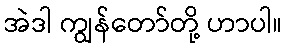
အဲဒါ ကျွန်တော်တို့ ဟာပါ။